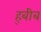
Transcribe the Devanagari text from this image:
ह्बीब